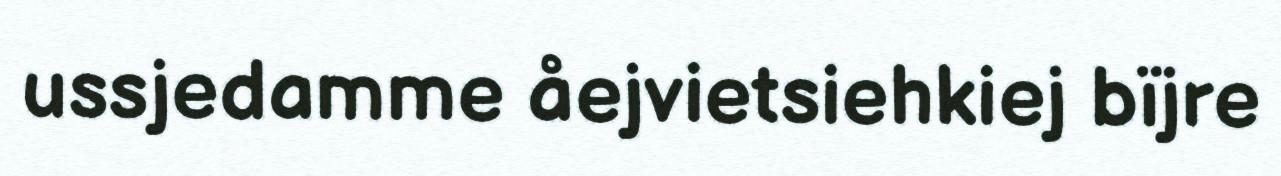
ussjedamme åejvietsiehkiej bïjre